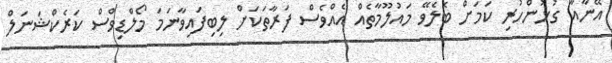
އޭނާއާ ގުޅުންހުރި ކަމަށް ބެލެވޭ މައުލޫމާތެއް އެއްވެސް ފަރާތަކަށް ލިބިފައިވާނަމަ މޯލްޑިވްސް ކަރެކްޝަނަލް